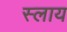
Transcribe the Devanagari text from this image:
स्लाय